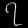
Digit: ၇